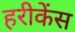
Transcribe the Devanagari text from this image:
हरीकेंस